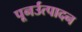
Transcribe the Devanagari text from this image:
पूनर्उत्पादन